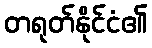
တရုတ်နိုင်ငံ၏